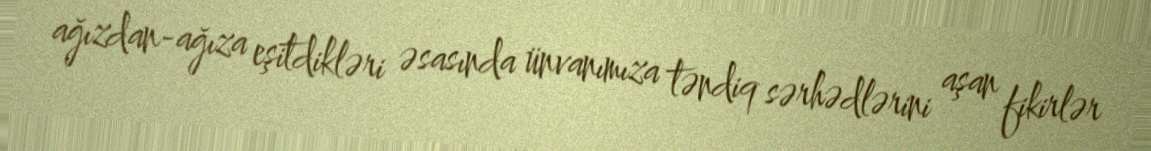
ağızdan-ağıza eşitdikləri əsasında ünvanımıza təndiq sərhədlərini aşan fikirlər